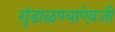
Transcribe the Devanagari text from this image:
गुंडाळण्याऐवजी